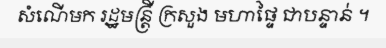
សំណើមក រដ្ឋមន្ត្រី ក្រសួង មហាផ្ទៃ ជាបន្ទាន់ ។